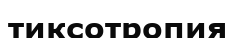
тиксотропия